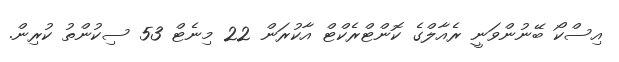
އިސްކޯ ބޭނުންވަނީ ރެއާލްގެ ކޮންޓްރެކްޓް އާކުރަން 22 މިނެޓް 53 ސިކުންތު ކުރިން.